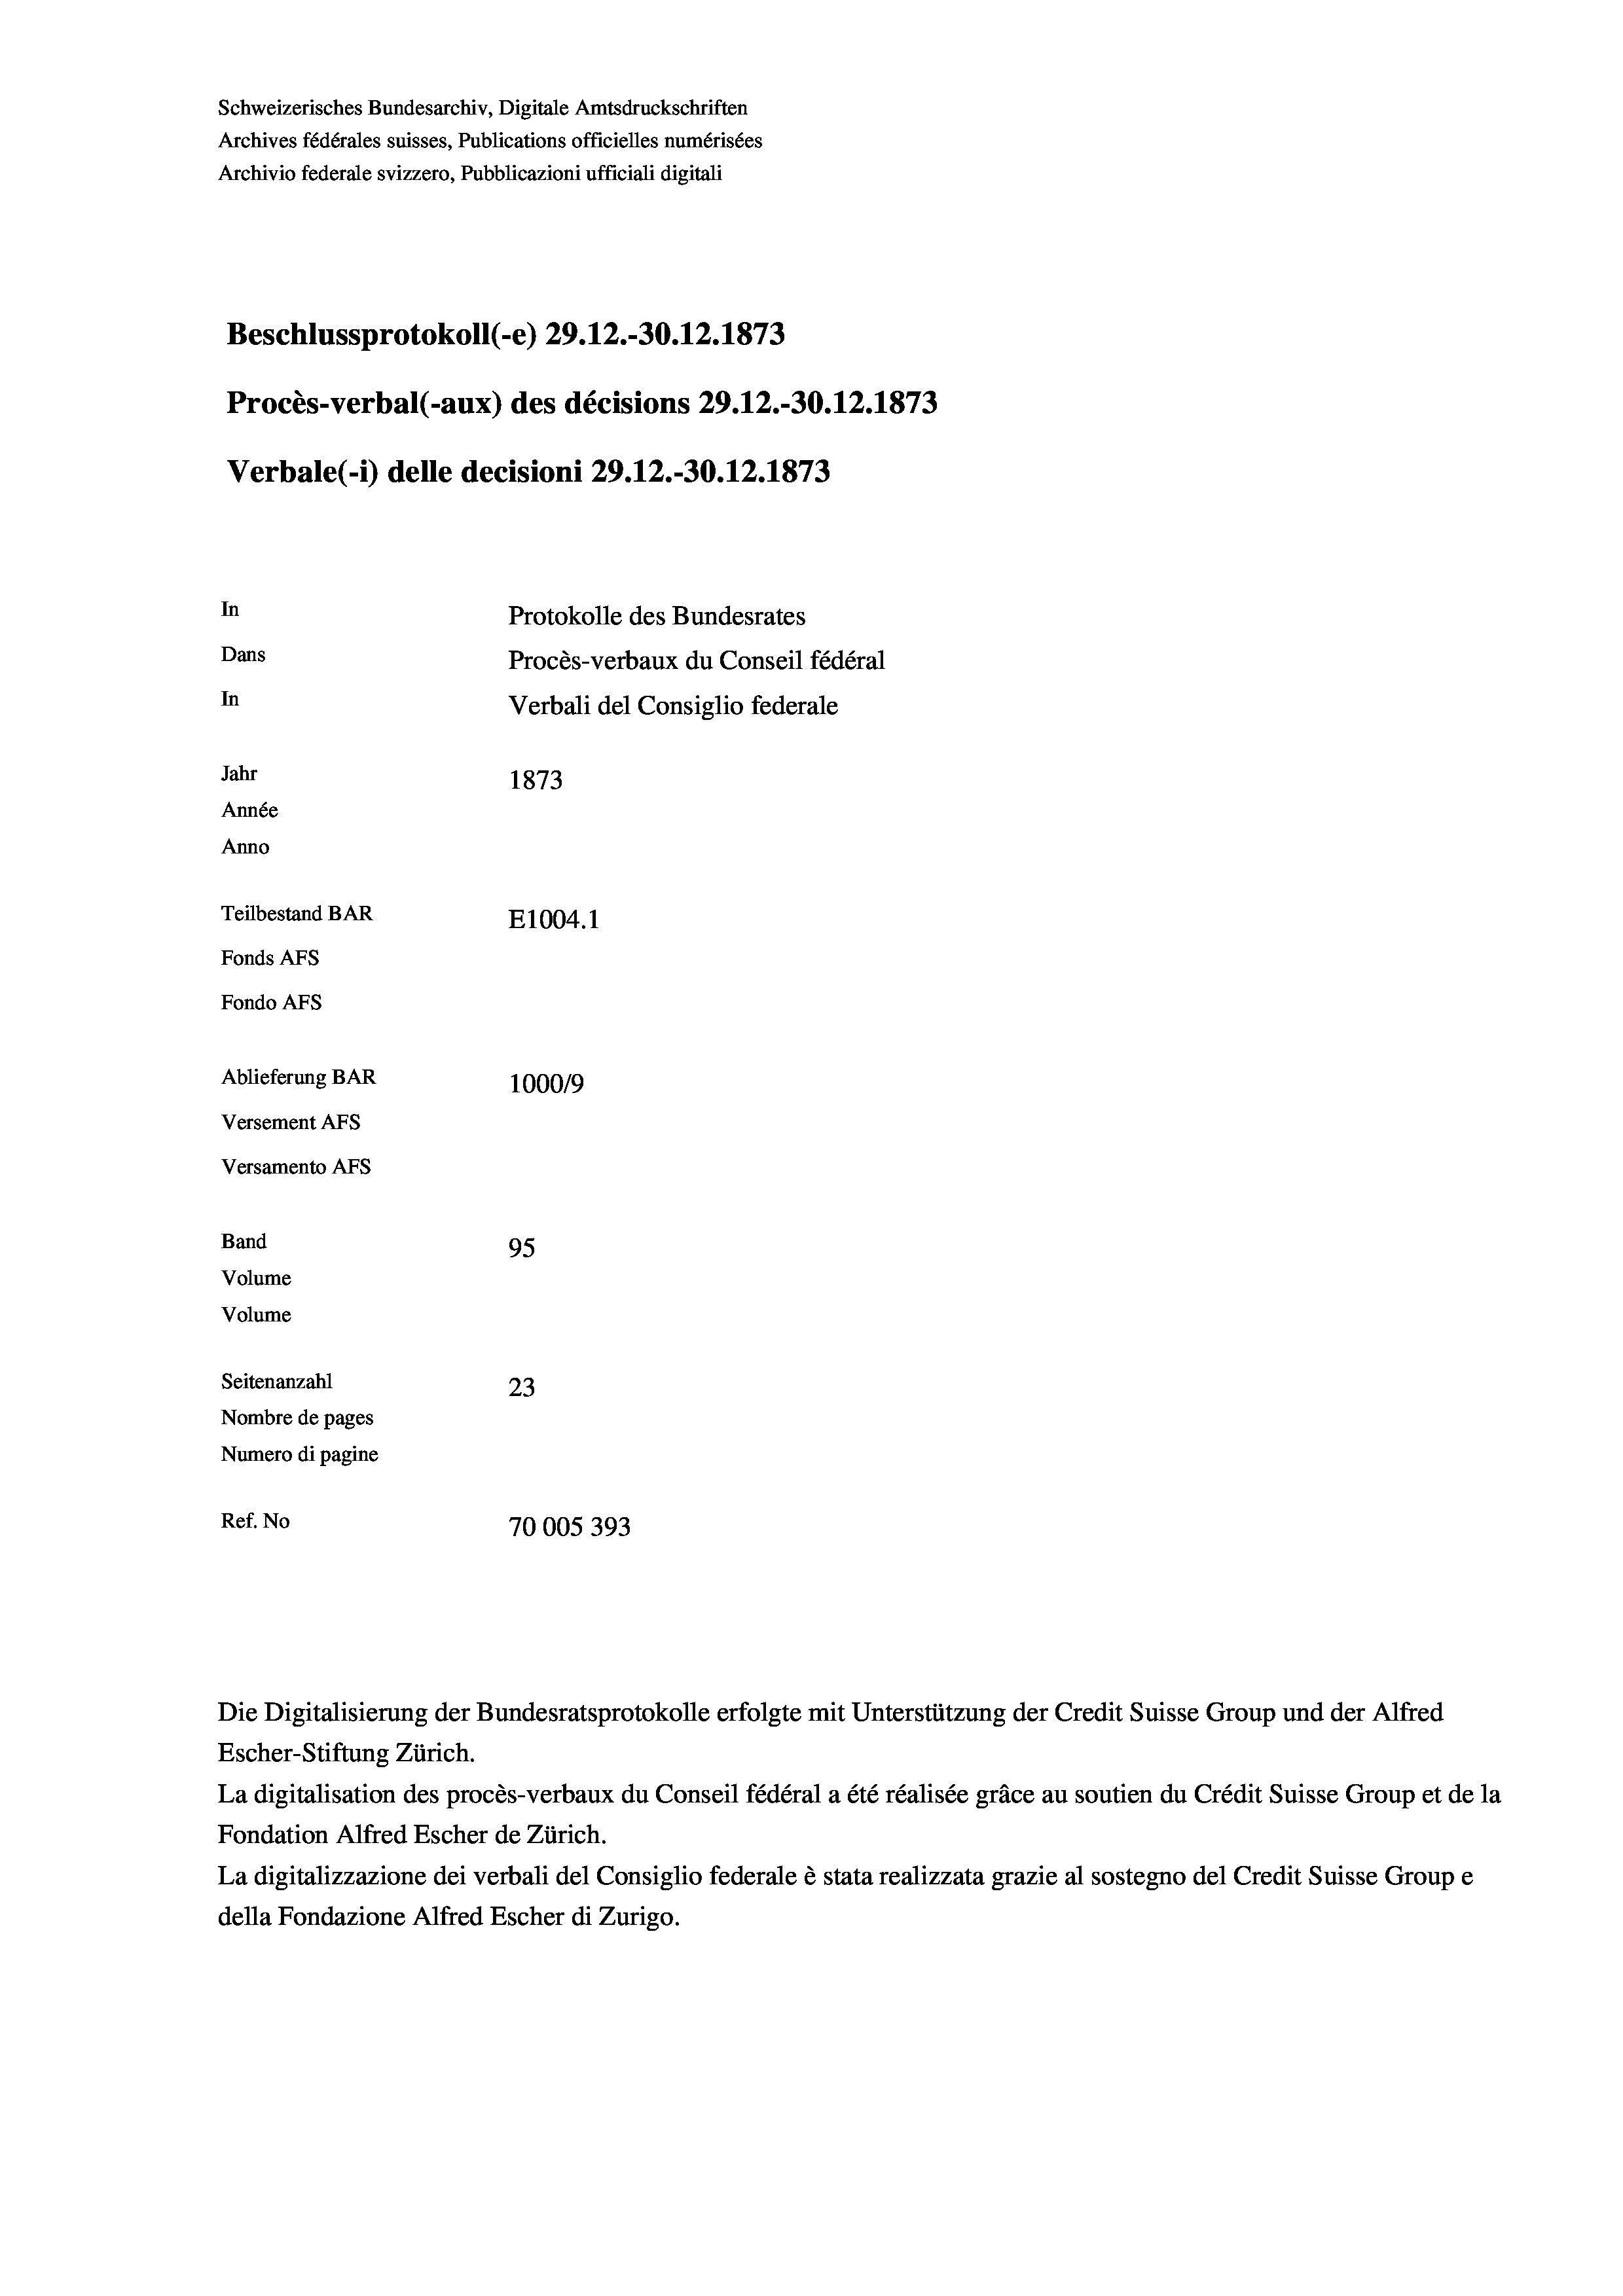
Schweizerisches Bundesarchiv, Digitale Amtsdruckschriften
Archives fédérales suisses, Publications officielles numérisées
Archivio federale svizzero, Pubblicazioni ufficiali digitali
Beschlussprotokoll (-e) 29.12.-30.12.1873
Procès-verbal (-aux) des décisions 29.12.-30.12.1873
Verbale(*) delle decisioni 29.12.-30. 12. 1873
In
Protokolle des Bundesrates
Dans
Procès-verbaux du Conseil fédéral
In
Verbali del Consiglio federale
Jahr
1873
Année
Anno
Teilbestand BAR
E1004.1
Fonds AFs
Fondo Afs
Ablieferung BAR
100019
Versement AFs
Versamento AFs
Band
95
Volume
Volume
Seitenanzahl
23
Nombre de pages
Numero di pagine
Ref. No
70005393

Die Digitalisierung der Bundesratsprotokolle erfolgte mit Unterstützung der Credit Suisse Group und der Alfred

Escher-Stiftung Zürich.
La digitalisation des procès-verbaux du Conseil fédéral a été réalisée gräce au soutien du Crédit Suisse Group et de la
Fondation Alfred Escher de Zürich.
La digitalizzazione dei verbali del Consiglio federale è stata realizzata grazie al sostegno del Credit Suisse Groupe
della Fondazione Alfred Escher di Zurigo.